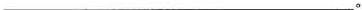
___。